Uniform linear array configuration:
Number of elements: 8
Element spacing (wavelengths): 1
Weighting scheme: exponential
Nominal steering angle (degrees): -45
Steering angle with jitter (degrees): -43.418
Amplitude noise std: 0.05
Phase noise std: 0.05

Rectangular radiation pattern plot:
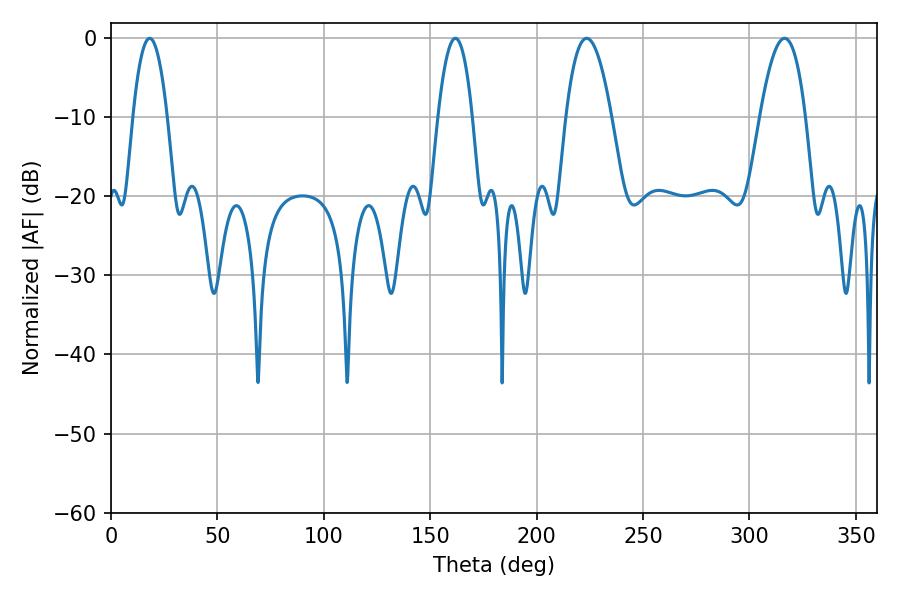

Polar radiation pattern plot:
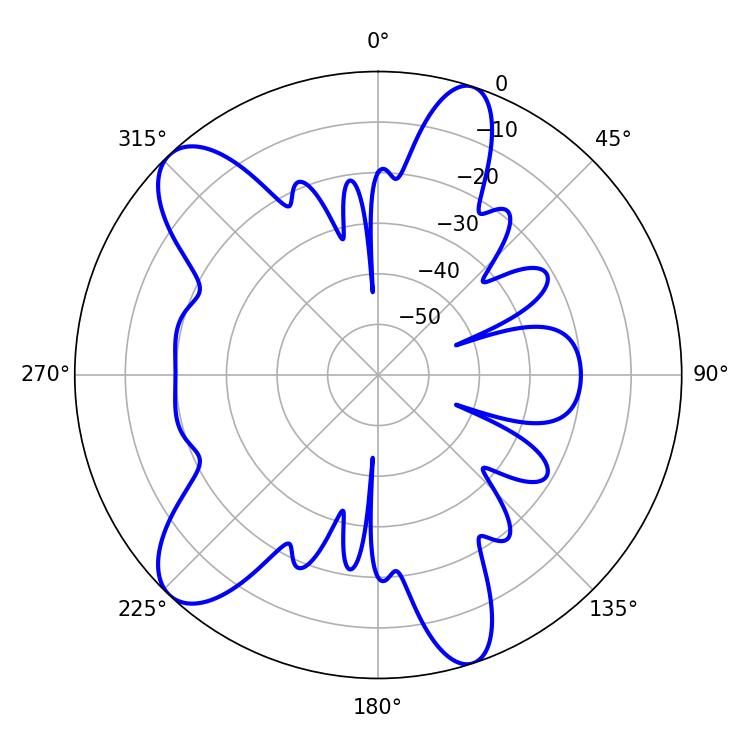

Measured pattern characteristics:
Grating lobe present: TRUE
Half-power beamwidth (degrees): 8.82
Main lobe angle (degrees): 18.18